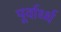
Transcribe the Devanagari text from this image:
पूर्वार्ध्ध